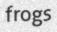
frogs